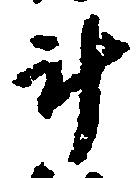
計